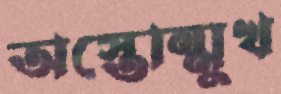
অস্তোন্মুখ